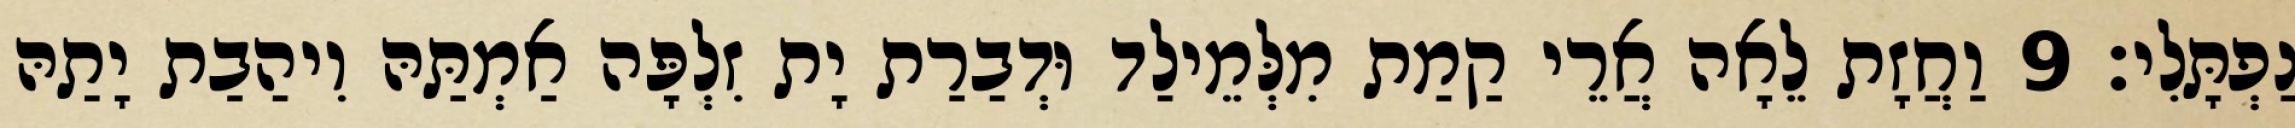
נַפְתָּלִי׃ 9 וַחֲזָת לֵאָה אֲרֵי קַמַת מִלְּמֵילַד וּדְבַרַת יָת זִלְפָּה אַמְתַּהּ וִיהַבַת יָתַהּ